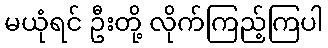
မယုံရင် ဦးတို့ လိုက်ကြည့်ကြပါ